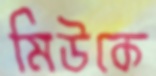
মিউকে